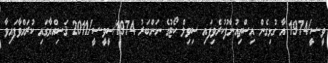
ވީ-ސީ/1974 އާ ގުޅިގެން އިސްތިއުނާފުކުރެވިފައި ސިވިލް ކޯޓުގެ ނަންބަރު 1974/ސީވީ-ސީ/2011 ޤަޟިއްޔާގައި ކުރައްވާފައިވާ